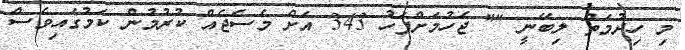
މި ހިދުމަތް ލިބޭނީ "" ޖެހުމަށްފަހު 343 އަށް މެސެޖެއް ކުރުމުން ކަމުގައިވެސް